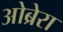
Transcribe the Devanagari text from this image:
ओब्रेरा